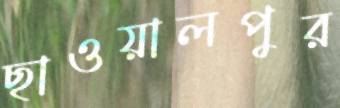
ছাওয়ালপুর